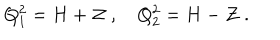
LaTeX: Q _ { 1 } ^ { 2 } = H + { \cal Z } \; , \quad Q _ { 2 } ^ { 2 } = H - { \cal Z } \; .